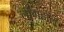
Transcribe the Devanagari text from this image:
लाँगहॉल